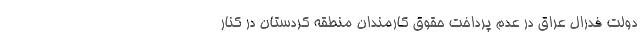
دولت فدرال عراق در عدم پرداخت حقوق کارمندان منطقه کردستان در کنار